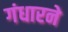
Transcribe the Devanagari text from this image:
गंधारने